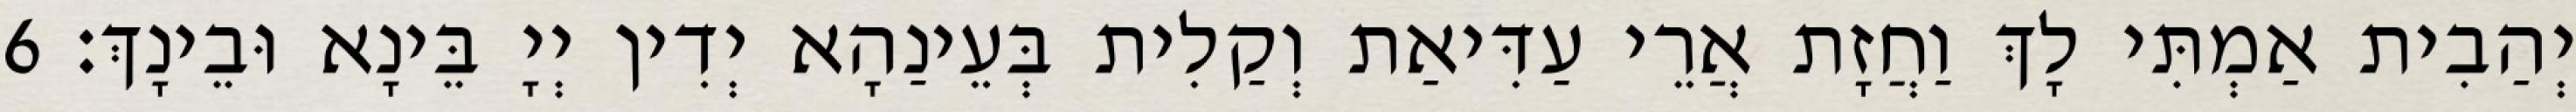
יְהַבִית אַמְתִּי לָךְ וַחֲזָת אֲרֵי עַדִּיאַת וְקַלִית בְּעֵינַהָא יְדִין יְיָ בֵּינָא וּבֵינָךְ׃ 6